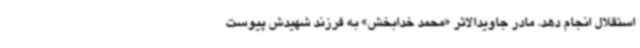
استقلال انجام دهد. مادر جاویدالاثر «محمد خدابخش» به فرزند شهیدش پیوست